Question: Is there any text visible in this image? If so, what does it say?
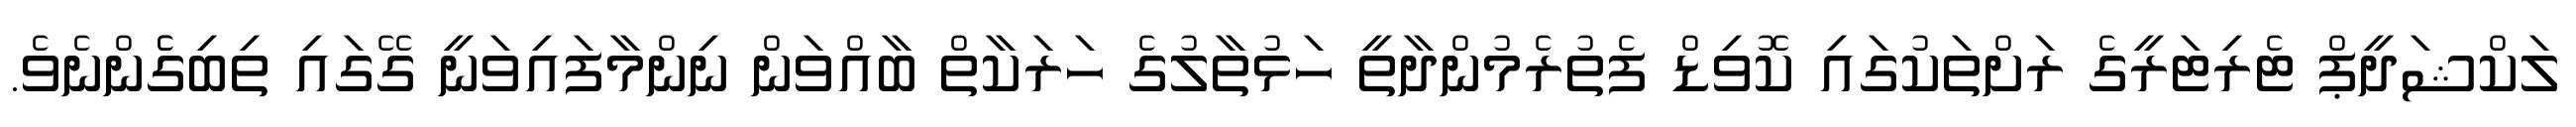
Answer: ލަކްޝަދީޕް ޓެރިޓަރީގެ ރަށްތަކުގައި ކޮވިޑް ފެތުރެމުންދާތީ ހަޅުތާލުގެ ހަރަކާތް ބާއްވަން ނިންމާފައިވަނީ ގޭގައި ތިބިގެެންނެވެ.